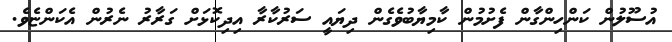
އުސޫލުން ކަންހިންގާން ފެށުމުން ކާމިޔާބުވެގެން ދިޔައީ ސަރުކާރާ އިދިކޮޅަށް ގަރާރު ނެރުން އެކަންޏެވެ.